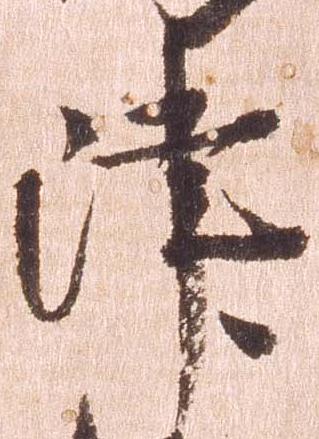
津